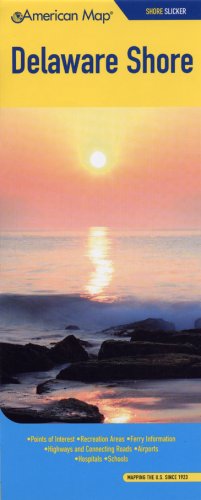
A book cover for Delaware Shore Slicker (American Map); Travel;